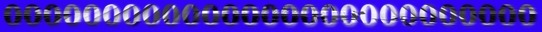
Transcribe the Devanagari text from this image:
०००००००००००००००००००००००००००